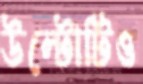
উল্টোটিও